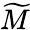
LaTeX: \widetilde{M}